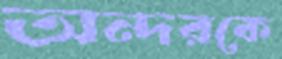
অন্দরকে